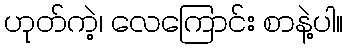
ဟုတ်ကဲ့၊ လေကြောင်း စာနဲ့ပါ။